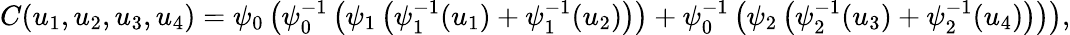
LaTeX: C(u_{1},u_{2},u_{3},u_{4})=\psi_{0}\left(\psi_{0}^{-1}\left(\psi_{1}\left(\psi_{1}^{-1}(u_{1})+\psi_{1}^{-1}(u_{2})\right)\right)+\psi_{0}^{-1}\left(\psi_{2}\left(\psi_{2}^{-1}(u_{3})+\psi_{2}^{-1}(u_{4})\right)\right)\right),